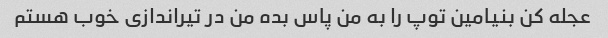
عجله کن بنیامین توپ را به من پاس بده من در تیراندازی خوب هستم